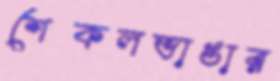
শেকলভাঙার